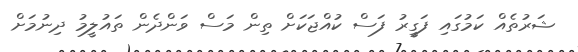
ޝަރުތެއް ކަމުގައި ފަގީރު ފަސް ކުއްޖަކަށް ތިން މަސް ވަންދެން ތައުލީމު ދިނުމަށް